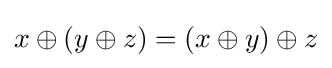
x\oplus (y\oplus z)=(x\oplus y)\oplus z